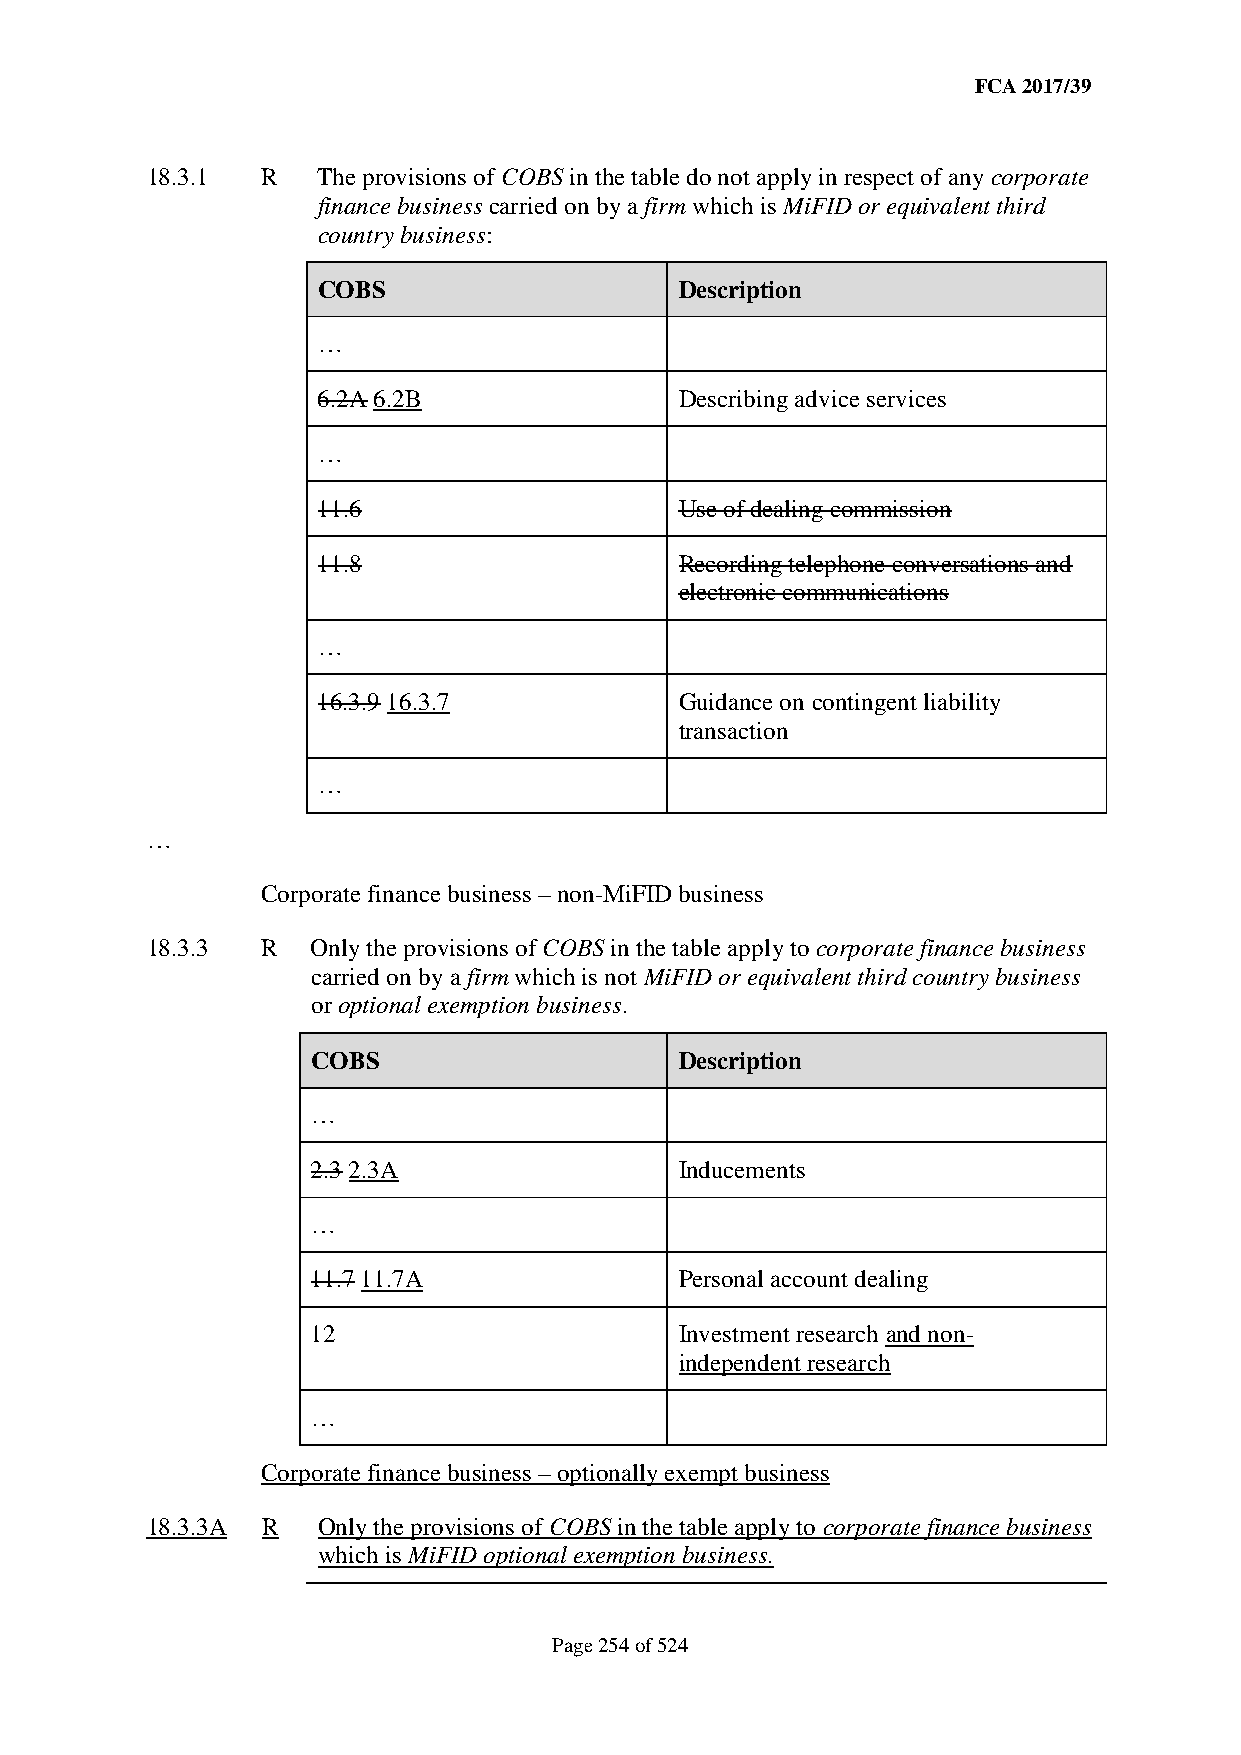
FCA 2017/39
 18.3.1 R   The provisions of COBS in the table do not apply in respect of any corporate
 finance business carried on by a firm which is MiFID or equivalent third
 country business:
 COBS                    Description
 …
 6.2A 6.2B               Describing advice services
 …
 11.6                    Use of dealing commission
 11.8                    Recording telephone conversations and
 electronic communications
 …
 16.3.9 16.3.7           Guidance on contingent liability
 transaction
 …
 …
 Corporate finance business – non-MiFID business
 18.3.3 R   Only the provisions of COBS in the table apply to corporate finance business
 carried on by a firm which is not MiFID or equivalent third country business
 or optional exemption business.
 COBS                    Description
 …
 2.3 2.3A                Inducements
 …
 11.7 11.7A              Personal account dealing
 12                      Investment research and non-
 independent research
 …
 Corporate finance business – optionally exempt business
 18.3.3A R  Only the provisions of COBS in the table apply to corporate finance business
 which is MiFID optional exemption business.
 Page 254 of 524